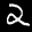
Label: 2